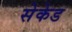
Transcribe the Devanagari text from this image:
सेकेड